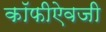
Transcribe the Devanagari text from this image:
कॉफीऐवजी